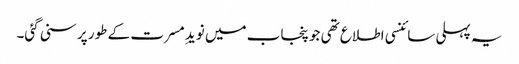
یہ پہلی سائنسی اطلاع تھی جو پنجاب میں نویدِ مسرت کے طور پر سنی گئی۔